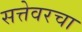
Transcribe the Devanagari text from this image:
सत्तेवरचा